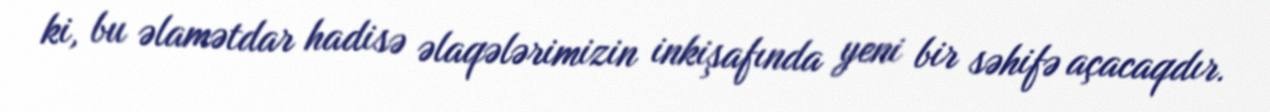
ki, bu əlamətdar hadisə əlaqələrimizin inkişafında yeni bir səhifə açacaqdır.